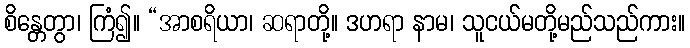
စိန္တေတွာ၊ ကြံ၍။ “အာစရိယာ၊ ဆရာတို့။ ဒဟရာ နာမ၊ သူငယ်မတို့မည်သည်ကား။